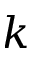
k